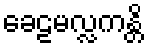
ခေဠမလ္လကန္တိ